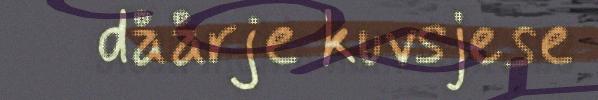
dåårje kuvsjese